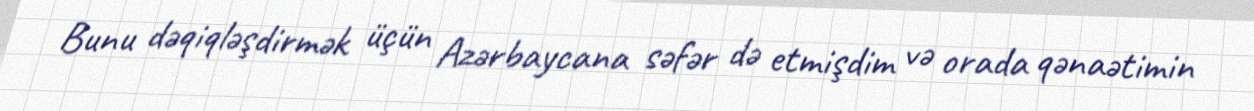
Bunu dəqiqləşdirmək üçün Azərbaycana səfər də etmişdim və orada qənaətimin